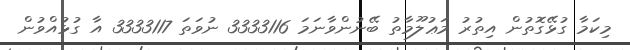
މިކަމާ ގުޅޭގޮތުން އިތުރު މަޢުލޫމާތު ބޭނުންވާނަމަ 3333116 ނުވަތަ 3333117 އާ ގުޅުއްވުން